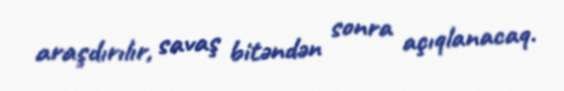
araşdırılır, savaş bitəndən sonra açıqlanacaq.